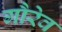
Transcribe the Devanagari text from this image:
गौरेव